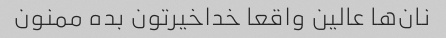
نان‌ها عالین واقعا خداخیرتون بده ممنون